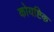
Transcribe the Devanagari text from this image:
कोयष्टिक